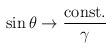
LaTeX: \begin{align*}\sin \theta \rightarrow \frac{ {\rm const.}}{\gamma}\end{align*}